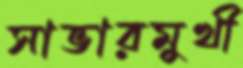
সাভারমুখী